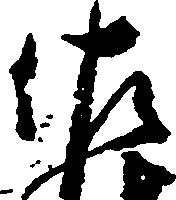
佐